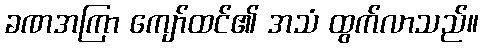
ခဏအကြာ ကျော်ထင်၏ အသံ ထွက်လာသည်။